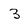
Character: 3